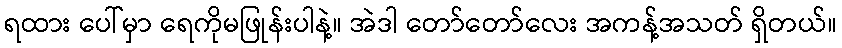
ရထား ပေါ်မှာ ရေကိုမဖြုန်းပါနဲ့။ အဲဒါ တော်တော်လေး အကန့်အသတ် ရှိတယ်။